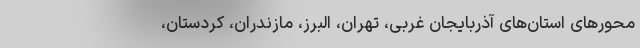
محورهای استان‌های آذربایجان غربی، تهران، البرز، مازندران، کردستان،